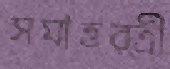
সমাহর্ত্রী